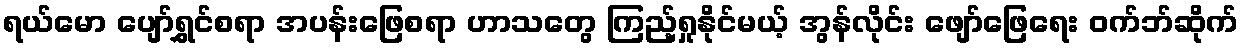
ရယ်မော ပျော်ရွှင်စရာ အပန်းဖြေစရာ ဟာသတွေ ကြည့်ရှုနိုင်မယ့် အွန်လိုင်း ဖျော်ဖြေရေး ၀က်ဘ်ဆိုက်